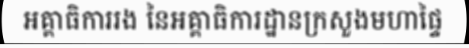
អគ្គាធិការរង នៃអគ្គាធិការដ្ឋានក្រសួងមហាផ្ទៃ